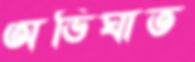
অভিঘাত